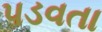
પડવતા